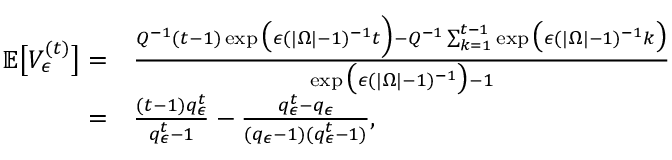
\begin{array} { r l } { \mathbb { E } \big [ V _ { \epsilon } ^ { ( t ) } \big ] = } & { \frac { Q ^ { - 1 } ( t - 1 ) \exp \big ( \epsilon ( | \Omega | - 1 ) ^ { - 1 } t \Big ) - Q ^ { - 1 } \sum _ { k = 1 } ^ { t - 1 } \exp \big ( \epsilon ( | \Omega | - 1 ) ^ { - 1 } k \big ) } { \exp \big ( \epsilon ( | \Omega | - 1 ) ^ { - 1 } \big ) - 1 } } \\ { = } & { \frac { ( t - 1 ) q _ { \epsilon } ^ { t } } { q _ { \epsilon } ^ { t } - 1 } - \frac { q _ { \epsilon } ^ { t } - q _ { \epsilon } } { ( q _ { \epsilon } - 1 ) ( q _ { \epsilon } ^ { t } - 1 ) } , } \end{array}